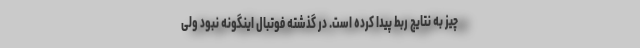
چیز به نتایج ربط پیدا کرده است. در گذشته فوتبال اینگونه نبود ولی